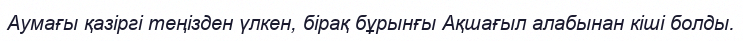
Аумағы қазіргі теңізден үлкен, бірақ бұрынғы Ақшағыл алабынан кіші болды.